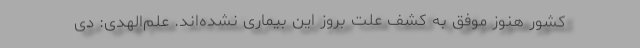
کشور هنوز موفق به کشف علت بروز این بیماری نشده‌اند. علم‌الهدی: دی